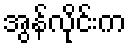
အွန်လိုင်းက